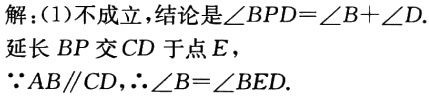
解：(1)不成立，结论是\(\angle BPD = \angle B+\angle D\)
延长\(BP\)交\(CD\)于点\(E\)，
\(\because AB\parallel CD\)，\(\therefore \angle B=\angle BED\).